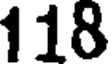
118